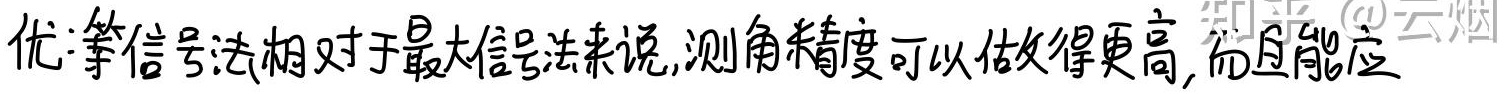
优:等信号法相对于最大信号法来说,测角精度可以做得更高,而且能应